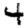
Digit: 4